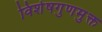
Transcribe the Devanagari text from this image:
विशेषगुणमुक्त